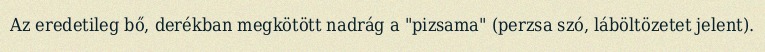
Az eredetileg bő, derékban megkötött nadrág a "pizsama" (perzsa szó, láböltözetet jelent).